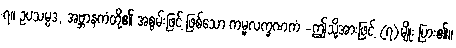
၇။ ဥပသမ္ပဒ, အဗ္ဘာနကံတို့၏ အစွမ်းဖြင့် ဖြစ်သော ကမ္မလက္ခဏကံ -ဤသို့အားဖြင့် (၇)မျိုး ပြား၏။